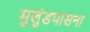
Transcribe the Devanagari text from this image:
मुलुंडपासना